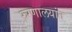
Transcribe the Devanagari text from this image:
रुग्णालयांत